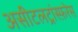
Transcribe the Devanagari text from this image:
असीटलट्रांस्फ़रेस